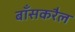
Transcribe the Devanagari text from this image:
बाँसकरैल